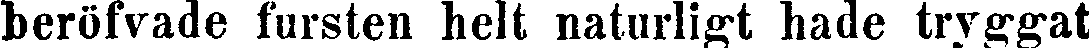
beröfvade fursten helt naturligt hade tryggat